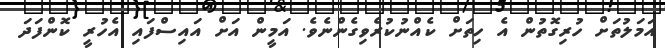
އަމަލުތަށް ހުރިގޮތުން އެ ހިތަށް ކެއްނުކުރެވިގެންނެވެ. އަމީން އަށް އައިސްފައި އެހުރީ ކޮންފަދަ